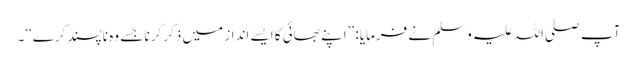
آپ صلی اللہ علیہ وسلم نے فرمایا: ’’اپنے بھائی کا ایسے انداز میں ذکر کرنا جسے وہ ناپسند کرے‘‘۔